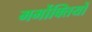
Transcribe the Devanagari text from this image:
मर्मोक्तियों